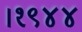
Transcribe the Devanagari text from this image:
।१९४४